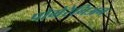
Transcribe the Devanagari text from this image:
पोमेरेनिअन